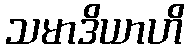
သမာဒိယာဟိ